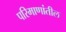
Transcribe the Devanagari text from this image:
परिमाणांतील